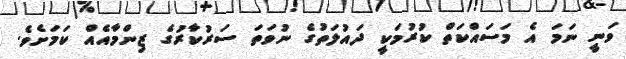
ވަނީ ނަމަ އެ މަސައްކަތް ކުރުމަކީ ދައުލަތުގެ ނުވަތަ ސަރުކާރުގެ ޒިންމާއެއް ކަމަށެވެ.